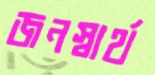
জনস্বার্থ